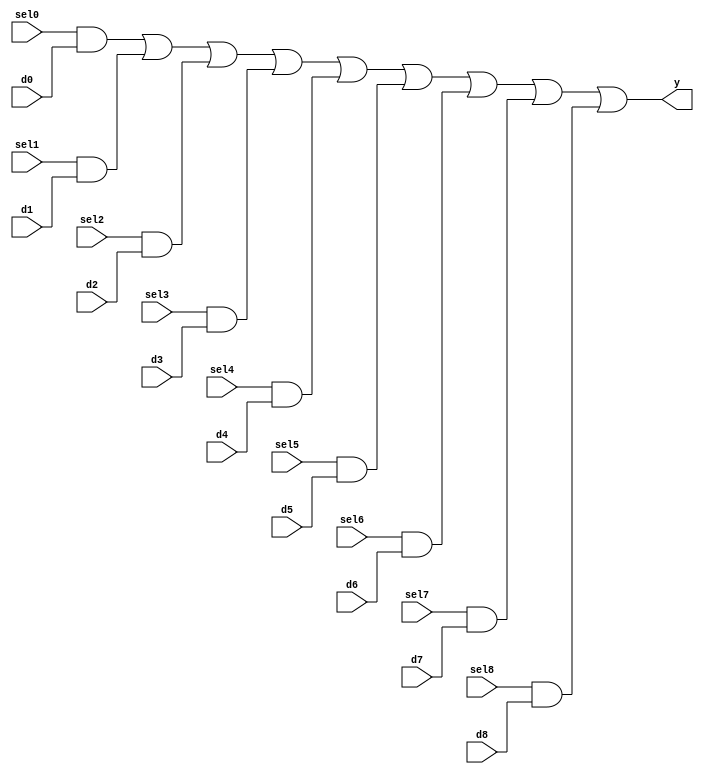
module mvp_mux1hot_9(
	y,
	sel0,
	d0,
	sel1,
	d1,
	sel2,
	d2,
	sel3,
	d3,
	sel4,
	d4,
	sel5,
	d5,
	sel6,
	d6,
	sel7,
	d7,
	sel8,
	d8
);
// synopsys template
parameter WIDTH = 1;

output [WIDTH-1:0]	y;

input			sel0;
input			sel1;
input			sel2;
input			sel3;
input			sel4;
input			sel5;
input			sel6;
input			sel7;
input			sel8;
input  [WIDTH-1:0]	d0;
input  [WIDTH-1:0]	d1;
input  [WIDTH-1:0]	d2;
input  [WIDTH-1:0]	d3;
input  [WIDTH-1:0]	d4;
input  [WIDTH-1:0]	d5;
input  [WIDTH-1:0]	d6;
input  [WIDTH-1:0]	d7;
input  [WIDTH-1:0]	d8;


 assign y = 
	{WIDTH{sel0}} & d0 |
	{WIDTH{sel1}} & d1 |
	{WIDTH{sel2}} & d2 |
	{WIDTH{sel3}} & d3 |
	{WIDTH{sel4}} & d4 |
	{WIDTH{sel5}} & d5 |
	{WIDTH{sel6}} & d6 |
	{WIDTH{sel7}} & d7 |
	{WIDTH{sel8}} & d8 ;


endmodule